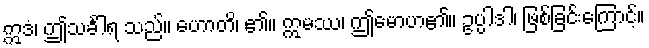
ဣဒံ၊ ဤသင်္ခါရ သည်။ ဟောတိ၊ ၏။ ဣမဿ၊ ဤမောဟ၏။ ဥပ္ပါဒါ၊ ဖြစ်ခြင်းကြောင့်။